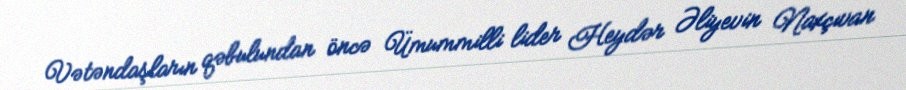
Vətəndaşların qəbulundan öncə Ümummilli lider Heydər Əliyevin Naxçıvan